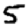
Digit: 5